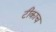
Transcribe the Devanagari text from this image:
टीकाच